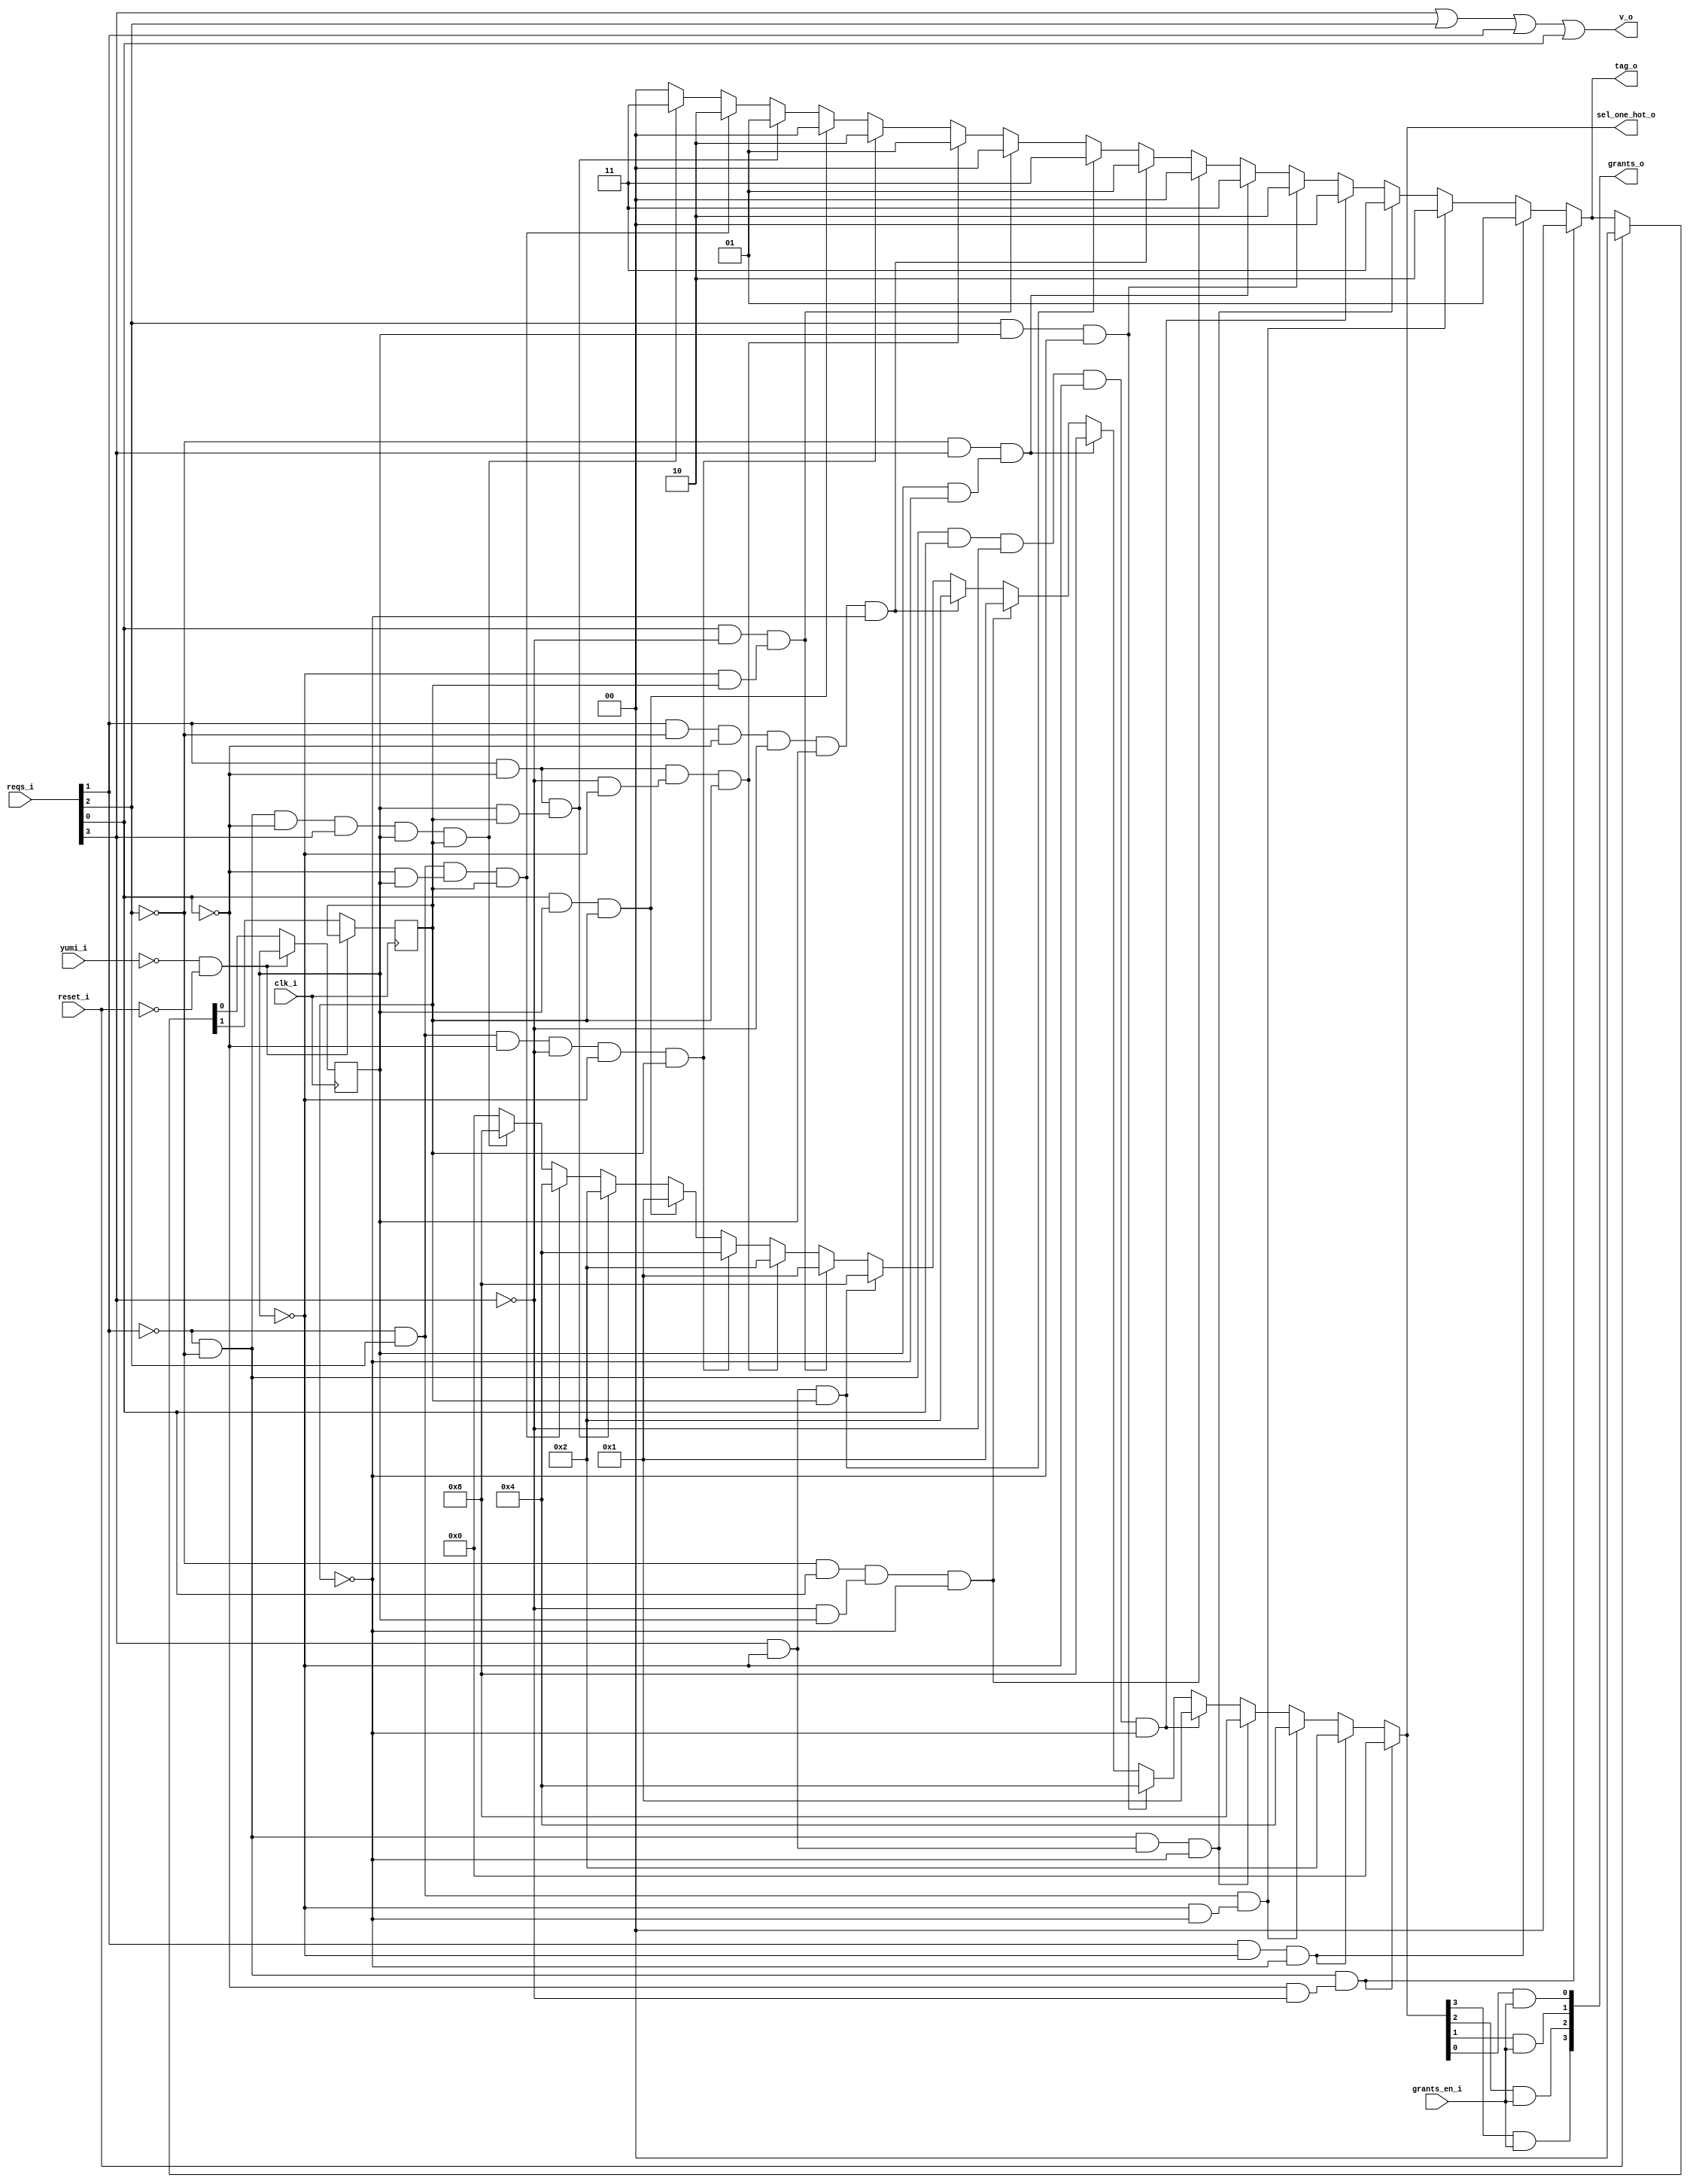
// This program was cloned from: https://github.com/NYU-MLDA/OpenABC
// License: BSD 3-Clause "New" or "Revised" License

module bsg_round_robin_arb_inputs_p4
(
  clk_i,
  reset_i,
  grants_en_i,
  reqs_i,
  grants_o,
  sel_one_hot_o,
  v_o,
  tag_o,
  yumi_i
);

  input [3:0] reqs_i;
  output [3:0] grants_o;
  output [3:0] sel_one_hot_o;
  output [1:0] tag_o;
  input clk_i;
  input reset_i;
  input grants_en_i;
  input yumi_i;
  output v_o;
  wire [3:0] grants_o,sel_one_hot_o;
  wire [1:0] tag_o,last_r;
  wire v_o,N0,N1,N2,N3,N4,N5,N6,N7,N8,N9,N10,N11,N12,N13,N14,N15,N16,N17,N18,N19,N20,
  N21,N22,N23,N24,N25,N26,N27,N28,N29,N30,N31,N32,N33,N34,N35,N36,N37,N38,N39,N40,
  N41,N42,N43,N44,N45,N46,N47,N48,N49,N50,N51,N52,N53,N54,N55,N56,N57,N58,N59,N60,
  N61,N62,N63,N64,N65,N66,N67,N68,N69,N70,N71,N72,N73,N74,N75,N76,N77,N78,N79,N80,
  N81,N82,N83,N84,N85,N86,N87,N88,N89,N90,N91,N92,N93,N94,N95,N96,N97,N98,N99,N100,
  N101,N102,N103;
  reg last_r_1_sv2v_reg,last_r_0_sv2v_reg;
  assign last_r[1] = last_r_1_sv2v_reg;
  assign last_r[0] = last_r_0_sv2v_reg;

  always @(posedge clk_i) begin
    if(N101) begin
      last_r_1_sv2v_reg <= N99;
    end 
  end


  always @(posedge clk_i) begin
    if(N101) begin
      last_r_0_sv2v_reg <= N98;
    end 
  end

  assign N79 = N0 & N1 & (N2 & N3);
  assign N0 = ~reqs_i[1];
  assign N1 = ~reqs_i[2];
  assign N2 = ~reqs_i[0];
  assign N3 = ~reqs_i[3];
  assign N80 = reqs_i[1] & N4 & N5;
  assign N4 = ~last_r[0];
  assign N5 = ~last_r[1];
  assign N81 = N6 & reqs_i[2] & (N7 & N8);
  assign N6 = ~reqs_i[1];
  assign N7 = ~last_r[0];
  assign N8 = ~last_r[1];
  assign N82 = N9 & N10 & (reqs_i[3] & N11) & N12;
  assign N9 = ~reqs_i[1];
  assign N10 = ~reqs_i[2];
  assign N11 = ~last_r[0];
  assign N12 = ~last_r[1];
  assign N13 = N17 & N18;
  assign N14 = N13 & reqs_i[0];
  assign N15 = N14 & N19;
  assign N16 = N15 & N20;
  assign N83 = N16 & N21;
  assign N17 = ~reqs_i[1];
  assign N18 = ~reqs_i[2];
  assign N19 = ~reqs_i[3];
  assign N20 = ~last_r[0];
  assign N21 = ~last_r[1];
  assign N84 = reqs_i[2] & last_r[0] & N22;
  assign N22 = ~last_r[1];
  assign N85 = N23 & reqs_i[3] & (last_r[0] & N24);
  assign N23 = ~reqs_i[2];
  assign N24 = ~last_r[1];
  assign N86 = N25 & reqs_i[0] & (N26 & last_r[0]) & N27;
  assign N25 = ~reqs_i[2];
  assign N26 = ~reqs_i[3];
  assign N27 = ~last_r[1];
  assign N28 = reqs_i[1] & N32;
  assign N29 = N28 & N33;
  assign N30 = N29 & N34;
  assign N31 = N30 & last_r[0];
  assign N87 = N31 & N35;
  assign N32 = ~reqs_i[2];
  assign N33 = ~reqs_i[0];
  assign N34 = ~reqs_i[3];
  assign N35 = ~last_r[1];
  assign N88 = reqs_i[3] & N36 & last_r[1];
  assign N36 = ~last_r[0];
  assign N89 = reqs_i[0] & N37 & (N38 & last_r[1]);
  assign N37 = ~reqs_i[3];
  assign N38 = ~last_r[0];
  assign N90 = reqs_i[1] & N39 & (N40 & N41) & last_r[1];
  assign N39 = ~reqs_i[0];
  assign N40 = ~reqs_i[3];
  assign N41 = ~last_r[0];
  assign N42 = N46 & reqs_i[2];
  assign N43 = N42 & N47;
  assign N44 = N43 & N48;
  assign N45 = N44 & N49;
  assign N91 = N45 & last_r[1];
  assign N46 = ~reqs_i[1];
  assign N47 = ~reqs_i[0];
  assign N48 = ~reqs_i[3];
  assign N49 = ~last_r[0];
  assign N92 = reqs_i[0] & last_r[0] & last_r[1];
  assign N93 = reqs_i[1] & N50 & (last_r[0] & last_r[1]);
  assign N50 = ~reqs_i[0];
  assign N94 = N51 & reqs_i[2] & (N52 & last_r[0]) & last_r[1];
  assign N51 = ~reqs_i[1];
  assign N52 = ~reqs_i[0];
  assign N53 = N57 & N58;
  assign N54 = N53 & N59;
  assign N55 = N54 & reqs_i[3];
  assign N56 = N55 & last_r[0];
  assign N95 = N56 & last_r[1];
  assign N57 = ~reqs_i[1];
  assign N58 = ~reqs_i[2];
  assign N59 = ~reqs_i[0];
  assign sel_one_hot_o = (N60)? { 1'b0, 1'b0, 1'b0, 1'b0 } : 
                         (N61)? { 1'b0, 1'b0, 1'b1, 1'b0 } : 
                         (N62)? { 1'b0, 1'b1, 1'b0, 1'b0 } : 
                         (N63)? { 1'b1, 1'b0, 1'b0, 1'b0 } : 
                         (N64)? { 1'b0, 1'b0, 1'b0, 1'b1 } : 
                         (N65)? { 1'b0, 1'b1, 1'b0, 1'b0 } : 
                         (N66)? { 1'b1, 1'b0, 1'b0, 1'b0 } : 
                         (N67)? { 1'b0, 1'b0, 1'b0, 1'b1 } : 
                         (N68)? { 1'b0, 1'b0, 1'b1, 1'b0 } : 
                         (N69)? { 1'b1, 1'b0, 1'b0, 1'b0 } : 
                         (N70)? { 1'b0, 1'b0, 1'b0, 1'b1 } : 
                         (N71)? { 1'b0, 1'b0, 1'b1, 1'b0 } : 
                         (N72)? { 1'b0, 1'b1, 1'b0, 1'b0 } : 
                         (N73)? { 1'b0, 1'b0, 1'b0, 1'b1 } : 
                         (N74)? { 1'b0, 1'b0, 1'b1, 1'b0 } : 
                         (N75)? { 1'b0, 1'b1, 1'b0, 1'b0 } : 
                         (N76)? { 1'b1, 1'b0, 1'b0, 1'b0 } : 1'b0;
  assign N60 = N79;
  assign N61 = N80;
  assign N62 = N81;
  assign N63 = N82;
  assign N64 = N83;
  assign N65 = N84;
  assign N66 = N85;
  assign N67 = N86;
  assign N68 = N87;
  assign N69 = N88;
  assign N70 = N89;
  assign N71 = N90;
  assign N72 = N91;
  assign N73 = N92;
  assign N74 = N93;
  assign N75 = N94;
  assign N76 = N95;
  assign tag_o = (N60)? { 1'b0, 1'b0 } : 
                 (N61)? { 1'b0, 1'b1 } : 
                 (N62)? { 1'b1, 1'b0 } : 
                 (N63)? { 1'b1, 1'b1 } : 
                 (N64)? { 1'b0, 1'b0 } : 
                 (N65)? { 1'b1, 1'b0 } : 
                 (N66)? { 1'b1, 1'b1 } : 
                 (N67)? { 1'b0, 1'b0 } : 
                 (N68)? { 1'b0, 1'b1 } : 
                 (N69)? { 1'b1, 1'b1 } : 
                 (N70)? { 1'b0, 1'b0 } : 
                 (N71)? { 1'b0, 1'b1 } : 
                 (N72)? { 1'b1, 1'b0 } : 
                 (N73)? { 1'b0, 1'b0 } : 
                 (N74)? { 1'b0, 1'b1 } : 
                 (N75)? { 1'b1, 1'b0 } : 
                 (N76)? { 1'b1, 1'b1 } : 1'b0;
  assign { N99, N98 } = (N77)? { 1'b0, 1'b0 } : 
                        (N78)? tag_o : 1'b0;
  assign N77 = reset_i;
  assign N78 = N97;
  assign grants_o[3] = sel_one_hot_o[3] & grants_en_i;
  assign grants_o[2] = sel_one_hot_o[2] & grants_en_i;
  assign grants_o[1] = sel_one_hot_o[1] & grants_en_i;
  assign grants_o[0] = sel_one_hot_o[0] & grants_en_i;
  assign v_o = N103 | reqs_i[0];
  assign N103 = N102 | reqs_i[1];
  assign N102 = reqs_i[3] | reqs_i[2];
  assign N96 = ~yumi_i;
  assign N97 = ~reset_i;
  assign N100 = N96 & N97;
  assign N101 = ~N100;

endmodule